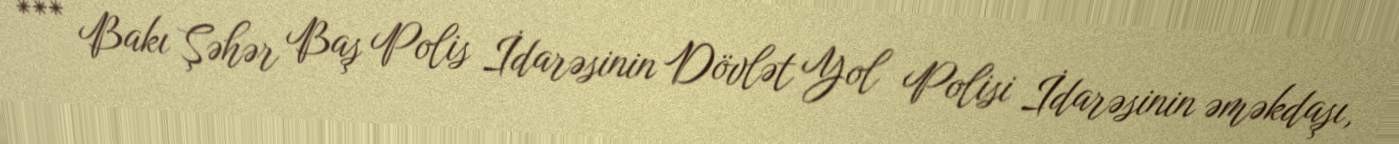
*** Bakı Şəhər Baş Polis İdarəsinin Dövlət Yol Polisi İdarəsinin əməkdaşı,